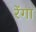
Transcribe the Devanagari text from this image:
रेंगा